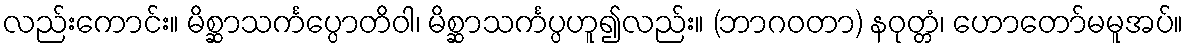
လည်းကောင်း။ မိစ္ဆာသင်္ကပ္ပောတိဝါ၊ မိစ္ဆာသင်္ကပ္ပဟူ၍လည်း။ (ဘာဂဝတာ) နဝုတ္တံ၊ ဟောတော်မမူအပ်။